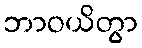
ဘာဝယိတွာ